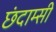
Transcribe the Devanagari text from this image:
छंदाम्सी